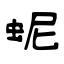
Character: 蚭